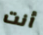
أنت